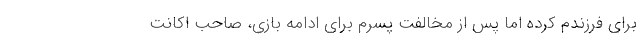
برای فرزندم کرده اما پس از مخالفت پسرم برای ادامه بازی، صاحب اکانت